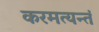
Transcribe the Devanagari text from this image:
करमत्यन्तं